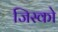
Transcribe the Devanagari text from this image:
जिस्को